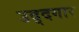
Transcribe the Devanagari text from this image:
उद्दगार